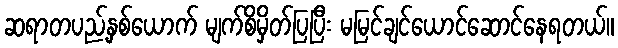
ဆရာတပည့်နှစ်ယောက် မျက်စိမှိတ်ပြပြီး မမြင်ချင်ယောင်ဆောင်နေရတယ်။